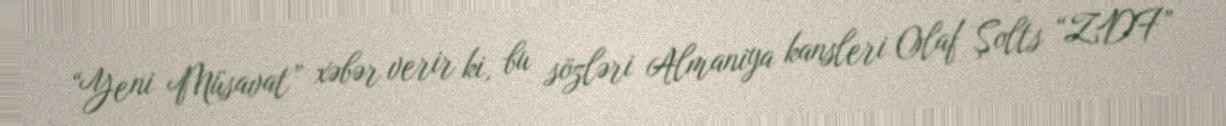
“Yeni Müsavat” xəbər verir ki, bu sözləri Almaniya kansleri Olaf Şolts “ZDF”